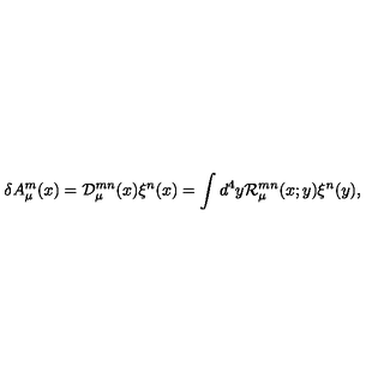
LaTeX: \delta A _ { \mu } ^ { m } ( x ) = { \cal D } _ { \mu } ^ { m n } ( x ) \xi ^ { n } ( x ) = \int d ^ { 4 } y { \cal R } _ { \mu } ^ { m n } ( x ; y ) \xi ^ { n } ( y ) ,